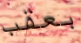
بعقب